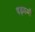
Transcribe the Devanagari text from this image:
षड्कर्मों